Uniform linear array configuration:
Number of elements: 12
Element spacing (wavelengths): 1
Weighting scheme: hamming
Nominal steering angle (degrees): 30
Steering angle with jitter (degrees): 29.631
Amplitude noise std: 0.05
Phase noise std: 0.05

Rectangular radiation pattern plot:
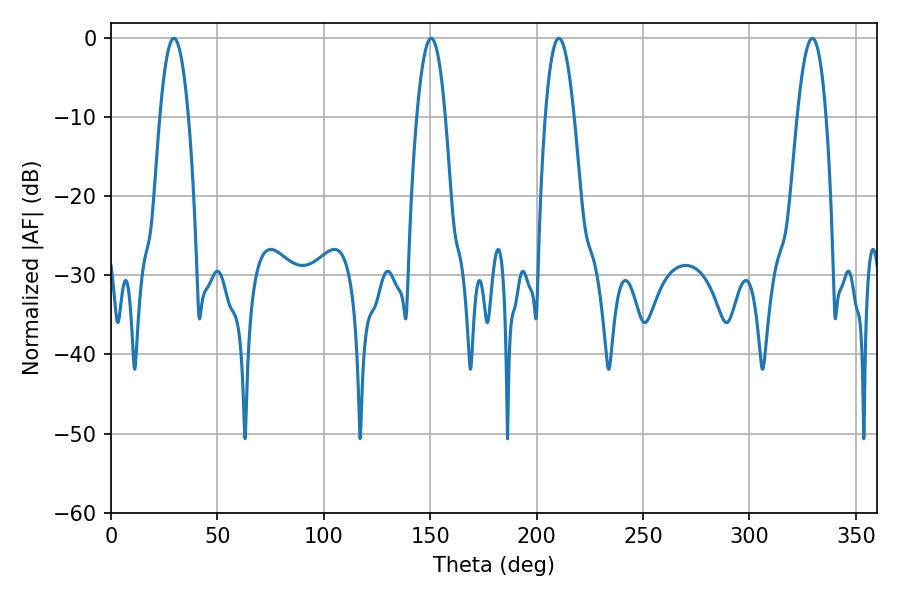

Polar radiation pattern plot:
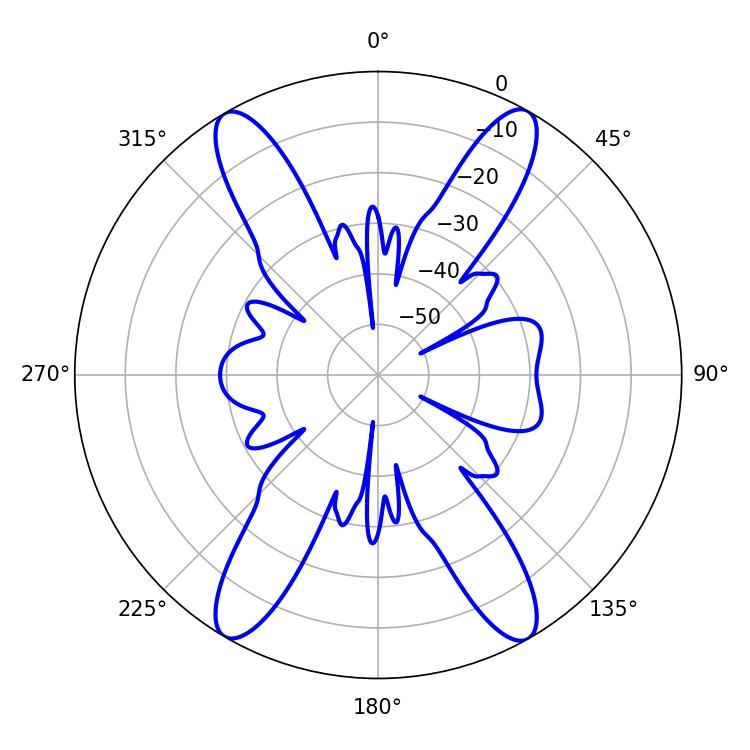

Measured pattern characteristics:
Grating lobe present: TRUE
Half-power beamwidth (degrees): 7.38
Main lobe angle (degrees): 29.52